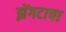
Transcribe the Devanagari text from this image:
झेंगटाचा